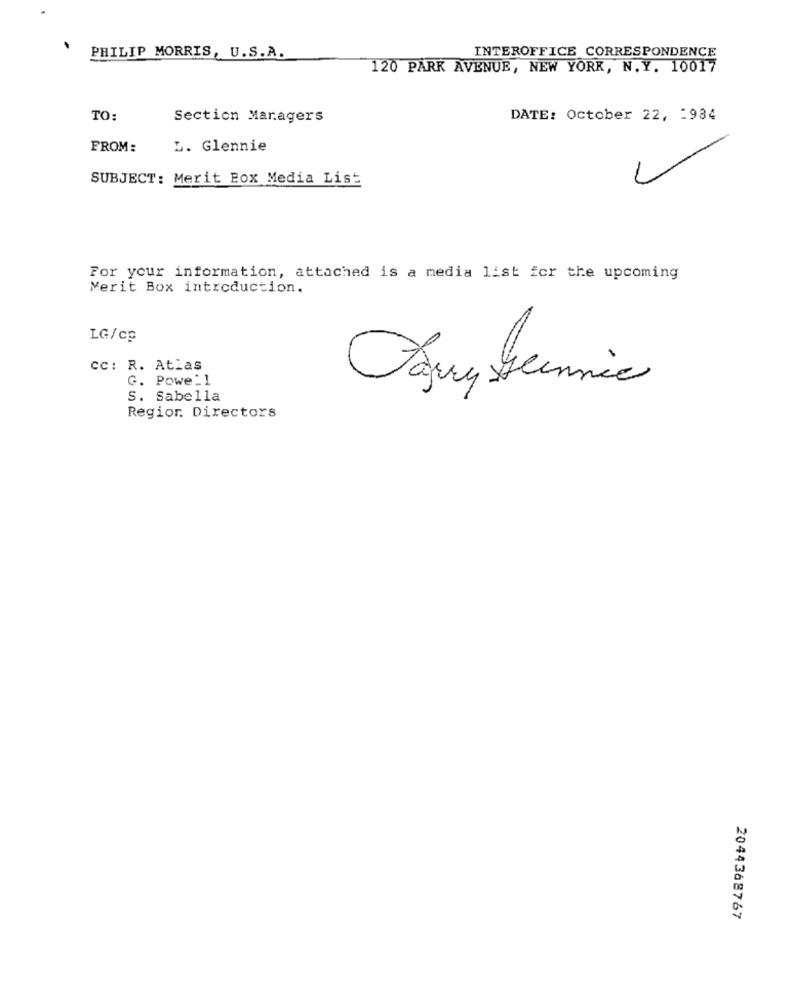
PHILIP MORRIS, U.S.A.
INTEROFFICE CORRESPONDENCE
120 PARK AVENUE, NEW YORK, N.Y. 10017
TO:
Section Maragers
DATE: October 22, : 984
FROM:
L. Glennie
SUBJECT: Merit Box Media List
For your information, attached is a media list for the upcoming
Merit Box introduction.
LG/cp
cc: R. Atias
G. Powe_1
S. Sabella
Regior. Directors
2044368767